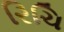
રિચિ